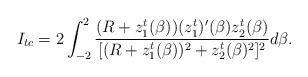
\begin{align*}I_{tc} = 2\int_{-2}^{2} \frac{(R+z_1^{t}(\beta)) (z_1^{t})'(\beta)z_2^{t}(\beta)}{[ (R+z_1^{t}(\beta))^2+z_2^{t}(\beta)^2]^2}d\beta.\end{align*}